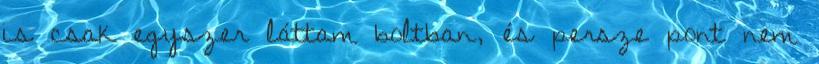
is csak egyszer láttam boltban, és persze pont nem